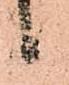
候